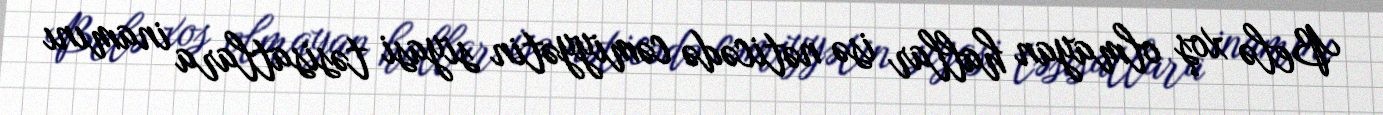
Belə xoş olmayan hallar isə nəticədə cəmiyyətin siyasi təsisatlara inamını